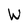
Character: W